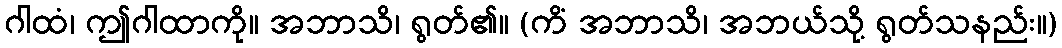
ဂါထံ၊ ဤဂါထာကို။ အဘာသိ၊ ရွတ်၏။ (ကိံ အဘာသိ၊ အဘယ်သို့ ရွတ်သနည်း။)